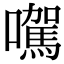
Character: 𡃉